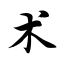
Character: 术